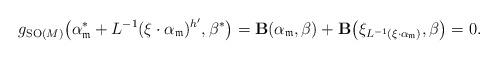
LaTeX: \begin{gather*}g_{{\rm SO}(M)}\big(\alpha_{\mathfrak{m}}^{\ast}+L^{-1}(\xi\cdot\alpha_{\mathfrak{m}})^{h'},\beta^{\ast}\big)={\bf B}(\alpha_{\mathfrak{m}},\beta)+{\bf B}\big(\xi_{L^{-1}(\xi\cdot\alpha_{\mathfrak{m}})},\beta\big)=0.\end{gather*}